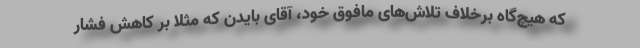
که هیچ‌گاه برخلاف تلاش‌های مافوق خود، آقای بایدن که مثلا بر کاهش فشار